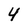
Character: 4